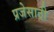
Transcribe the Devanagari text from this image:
प्रजेसाठी